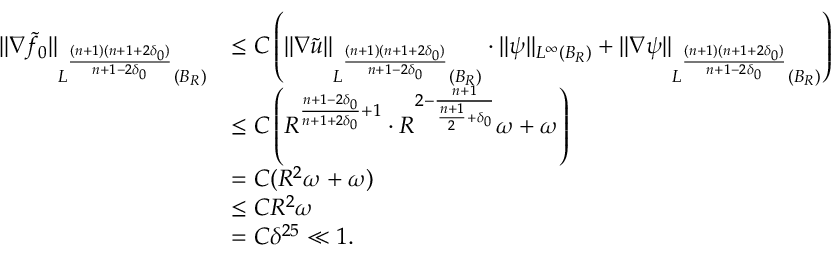
\begin{array} { r l } { \| \nabla \tilde { f } _ { 0 } \| _ { L ^ { \frac { ( n + 1 ) ( n + 1 + 2 \delta _ { 0 } ) } { n + 1 - 2 \delta _ { 0 } } } ( B _ { R } ) } } & { \leq C \left( \| \nabla \tilde { u } \| _ { L ^ { \frac { ( n + 1 ) ( n + 1 + 2 \delta _ { 0 } ) } { n + 1 - 2 \delta _ { 0 } } } ( B _ { R } ) } \cdot \| \psi \| _ { L ^ { \infty } ( B _ { R } ) } + \| \nabla \psi \| _ { L ^ { \frac { ( n + 1 ) ( n + 1 + 2 \delta _ { 0 } ) } { n + 1 - 2 \delta _ { 0 } } } ( B _ { R } ) } \right) } \\ & { \leq C \left( R ^ { \frac { n + 1 - 2 \delta _ { 0 } } { n + 1 + 2 \delta _ { 0 } } + 1 } \cdot R ^ { 2 - \frac { n + 1 } { \frac { n + 1 } { 2 } + \delta _ { 0 } } } \omega + \omega \right) } \\ & { = C ( R ^ { 2 } \omega + \omega ) } \\ & { \leq C R ^ { 2 } \omega } \\ & { = C \delta ^ { 2 5 } \ll 1 . } \end{array}